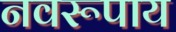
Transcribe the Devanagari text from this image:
नवरूपाय